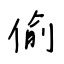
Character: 偷